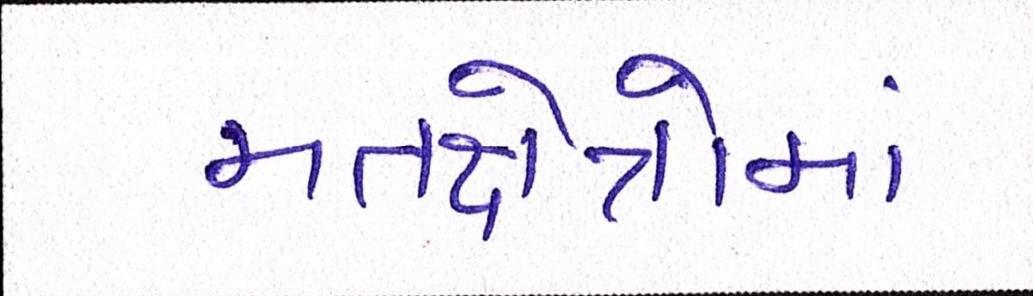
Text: મતક્ષેત્રોમાં